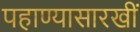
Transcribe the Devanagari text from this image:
पहाण्यासारखीं